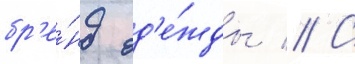
бр'е́нд од'е́жды // С